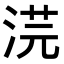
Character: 𭰳